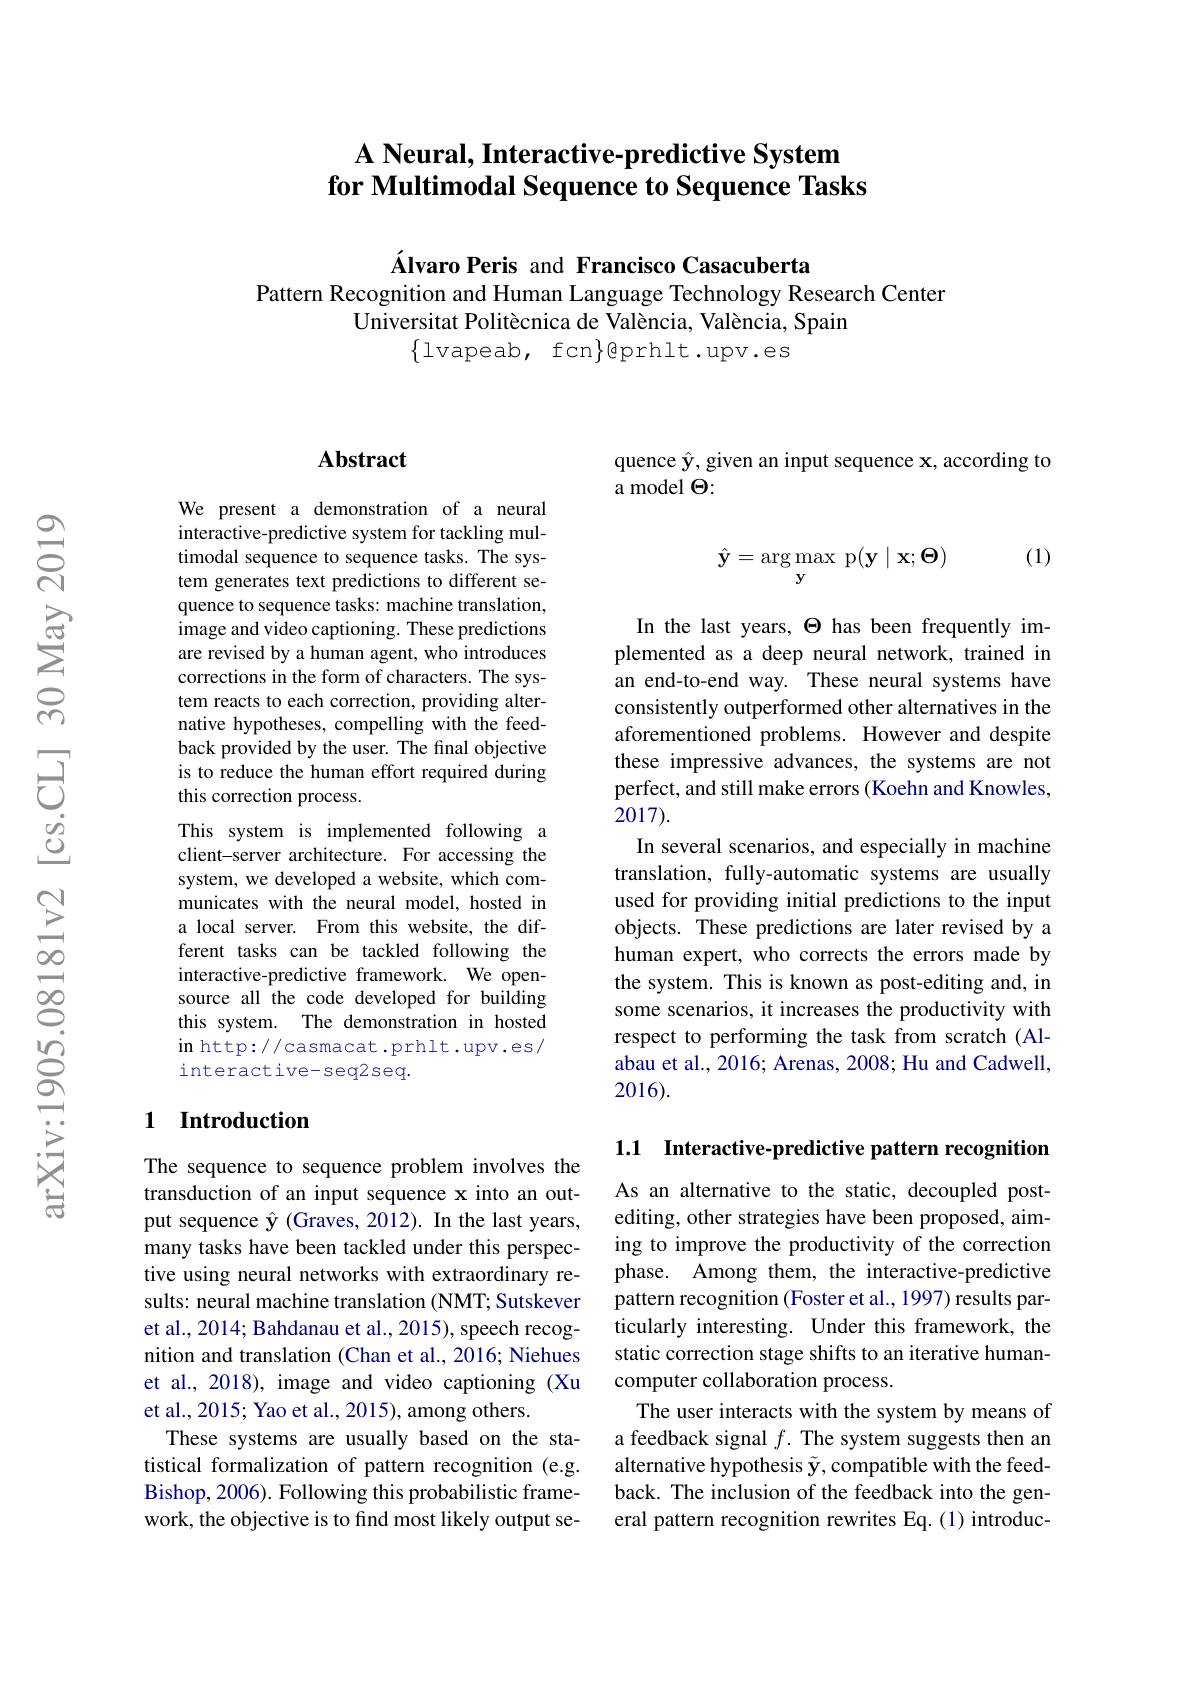
## $\textbf{A Neural, Interactive- predictive System}$ for Multimodal Sequence to Sequence Tasks

Álvaro Peris and Francisco Casacuberta
Pattern Recognition and Human Language Technology Research Center
Universitat Politècnica de València, València, Spain
$\{1$vapeab, fcn$\}$eprhlt.upv.es

### $\mathbf{Abstract}$

We present a demonstration of a neural interactive-predictive system for tackling multimodal sequence to sequence tasks. The system generates text predictions to different sequence to sequence tasks: machine translation, image and video captioning. These predictions are revised by a human agent, who introduces corrections in the form of characters. The system reacts to each correction, providing alternative hypotheses, compelling with the feedback provided by the user. The final objective is to reduce the human effort required during this correction process.
This system is implemented following a client-server architecture. For accessing the system, we developed a website, which communicates with the neural model, hosted in a local server. From this website, the different tasks can be tackled following the interactive-predictive framework. We opensource all the code developed for building this system. The demonstration in hosted in http://casmacat.prhlt.upv.es/ interactive-seq2seq.

### 1 Introduction

The sequence to sequence problem involves the transduction of an input sequence x into an output sequence $\hat{\mathbf{y}}$ (Graves, 2012). In the last years, many tasks have been tackled under this perspective using neural networks with extraordinary results: neural machine translation (NMT; Sutskever et al., 2014; Bahdanau et al., 2015), speech recognition and translation (Chan et al., 2016; Niehues et al., 2018), image and video captioning (Xu et al., 2015; Yao et al., 2015), among others.
These systems are usually based on the statistical formalization of pattern recognition (e.g. Bishop, 2006). Following this probabilistic framework, the objective is to find most likely output se-

quence $\hat{\mathbf{y}}$, given an input sequence x, according to
a model $\Theta:$

(1)
$$\hat{\mathbf{y}}=\arg\max_{\mathbf{y}}\:\mathrm{p}(\mathbf{y}\mid\mathbf{x};\mathbf{\Theta})$$
In the last years, $\Theta$ has been frequently implemented as a deep neural network, trained in an end-to-end way. These neural systems have consistently outperformed other alternatives in the aforementioned problems. However and despite these impressive advances, the systems are not perfect, and still make errors (Koehn and Knowles, 2017).
In several scenarios, and especially in machine translation, fully-automatic systems are usually used for providing initial predictions to the input objects. These predictions are later revised by a human expert, who corrects the errors made by the system. This is known as post-editing and, in some scenarios, it increases the productivity with respect to performing the task from scratch (Alabau et al., 2016; Arenas, 2008; Hu and Cadwell, 2016).

1.1 Interactive-predictive pattern recognition

As an alternative to the static, decoupled postediting, other strategies have been proposed, aiming to improve the productivity of the correction phase. Among them, the interactive-predictive pattern recognition (Foster et al., 1997) results particularly interesting. Under this framework, the static correction stage shifts to an iterative humancomputer collaboration process.
The user interacts with the system by means of a feedback signal $f.$ The system suggests then an alternative hypothesis $\tilde{\mathbf{y}}$,compatible with the feedback. The inclusion of the feedback into the general pattern recognition rewrites Eq.(1) introduc-